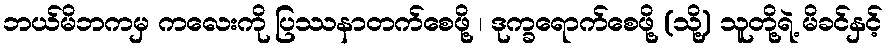
ဘယ်မိဘကမှ ကလေးကို ပြဿနာတက်စေဖို့ ၊ ဒုက္ခရောက်စေဖို့ (သို့) သူတို့ရဲ့ မိခင်နှင့်